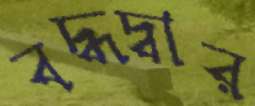
বদ্ধদ্বার